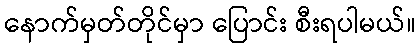
နောက်မှတ်တိုင်မှာ ပြောင်း စီးရပါမယ်။